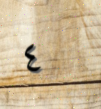
٤